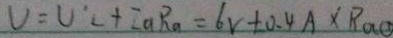
V = U ^ { \prime } c + I a R _ { a } = 6 v + 0 . 4 A \times R a O